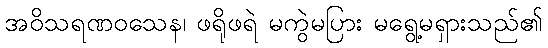
အဝိသရဏဝသေန၊ ဖရိုဖရဲ မကွဲမပြား မရွေ့မရှားသည်၏